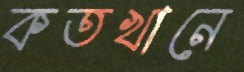
কতখানে